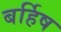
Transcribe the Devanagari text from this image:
बर्हिष